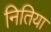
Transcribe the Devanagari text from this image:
नितिया